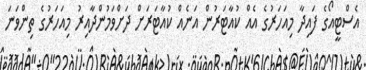
އެސްޓީއޯގެ ފައިދާ މިއަހަރުގެ އެއް ކުއާޓަރުން އަނެއް ކުއާޓަރަށް ދަށްވަމުންދާއިރު މިއަހަރުގެ ތިންވަނަ